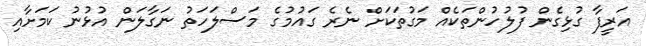
އަރީފާ ގުޅިގެން ފުލުހުންތަކެއް މަގުތަކަށް ނެރެ ގައުމުގެ މަސްލަހަތު ނަގާލަން އުޅުނު ކަމަށާއި